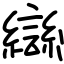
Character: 䜌